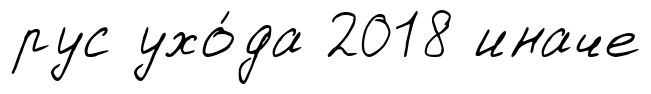
рус ухо́да 2018 иначе